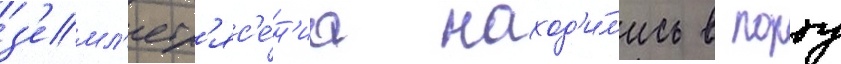
з'емл'етр'яс'е́н'иа наход'и́л'ись в порту